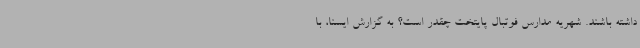
داشته باشند. شهریه مدارس فوتبال پایتخت چقدر است؟ به گزارش ایسنا، با